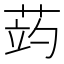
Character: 𦲂